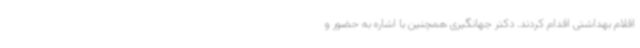
اقلام بهداشتی اقدام کردند. دکتر جهانگیری همچنین با اشاره به حضور و